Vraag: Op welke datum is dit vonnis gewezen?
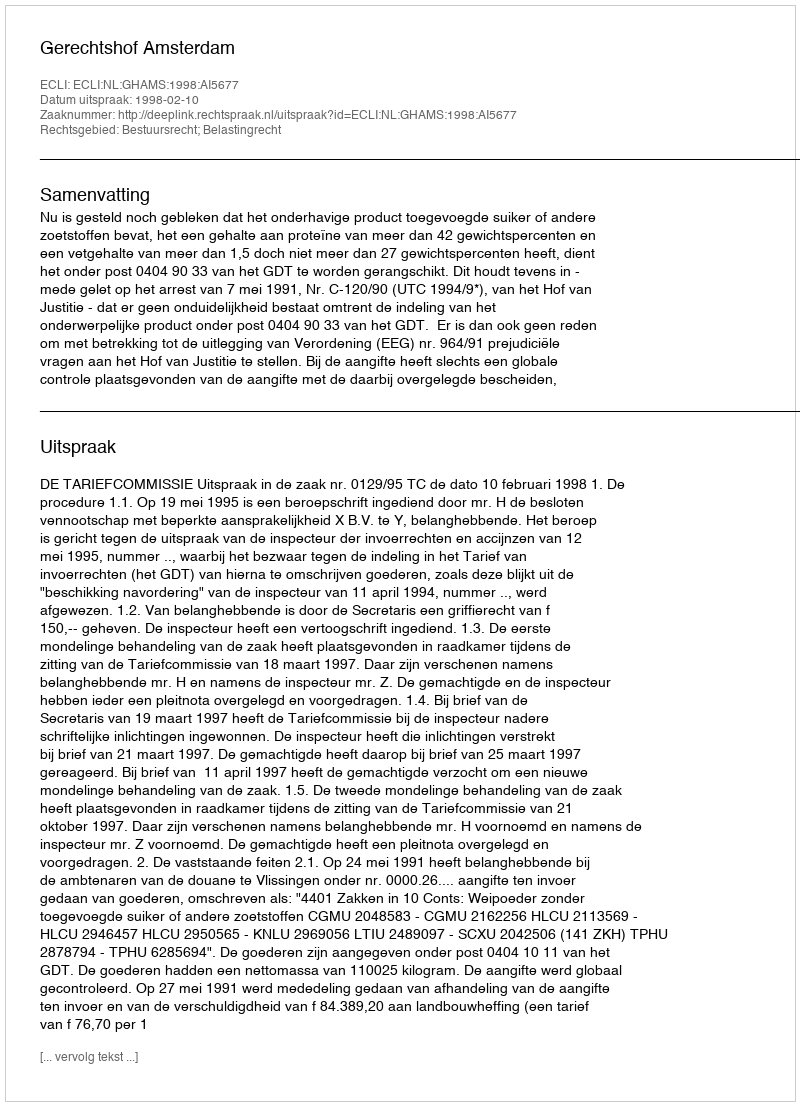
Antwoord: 1998-02-10